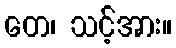
တေ၊ သင့်အား။